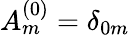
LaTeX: A_{m}^{(0)}=\delta_{0m}